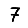
Digit: 7